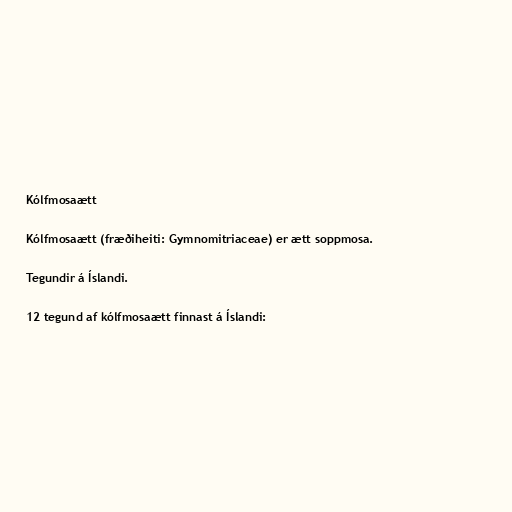
Kólfmosaætt

Kólfmosaætt (fræðiheiti: Gymnomitriaceae) er ætt soppmosa.

Tegundir á Íslandi.

12 tegund af kólfmosaætt finnast á Íslandi: